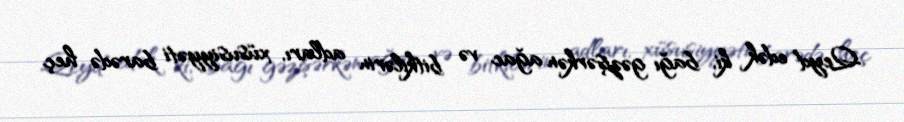
Qeyd edək ki, bağı gəzişərkən ağac və bitkilərin adları, xüsusiyyəti barədə heç